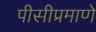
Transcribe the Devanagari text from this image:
पीसीप्रमाणे